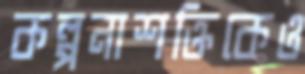
কল্পনাশক্তিকেও